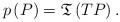
LaTeX: \begin{align*}p\left(P\right)=\mathfrak{T}\left(TP\right).\end{align*}